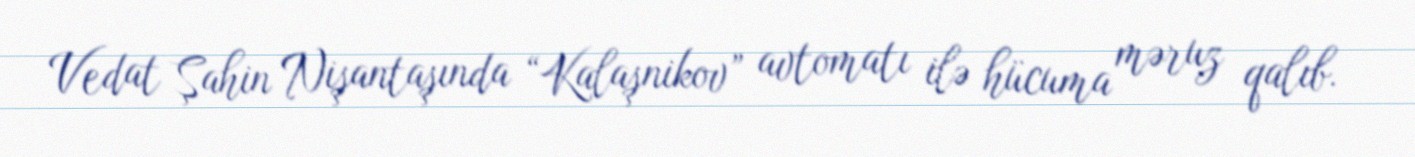
Vedat Şahin Nişantaşında “Kalaşnikov” avtomatı ilə hücuma məruz qalıb.